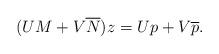
LaTeX: \begin{align*}(UM + V\overline{N})z = Up + V\overline{p}.\end{align*}